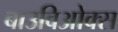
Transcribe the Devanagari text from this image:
बाउविओक्स